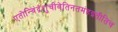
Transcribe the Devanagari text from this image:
एतोन्विंद्रंशुचीवेतिनतमंहइतीतिच